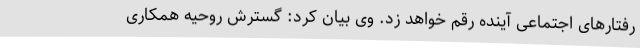
رفتارهای اجتماعی آینده رقم خواهد زد. وی بیان کرد: گسترش روحیه همکاری